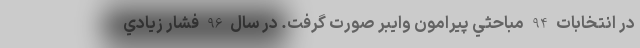
در انتخابات 94 مباحثي پيرامون وايبر صورت گرفت. در سال 96 فشار زيادي